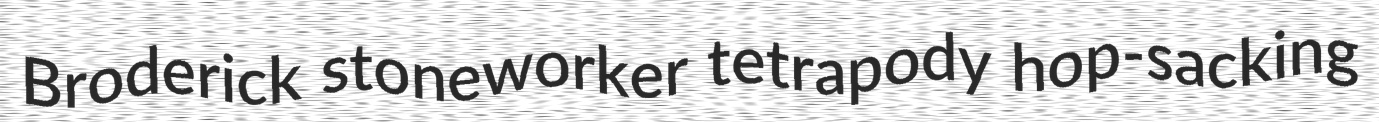
Broderick stoneworker tetrapody hop-sacking